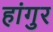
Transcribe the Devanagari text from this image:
हांगुर